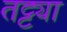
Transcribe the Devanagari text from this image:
तट्ट्या